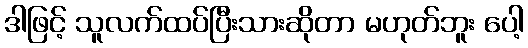
ဒါဖြင့် သူလက်ထပ်ပြီးသားဆိုတာ မဟုတ်ဘူး ပေါ့